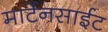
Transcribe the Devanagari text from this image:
मार्टेनसाईट